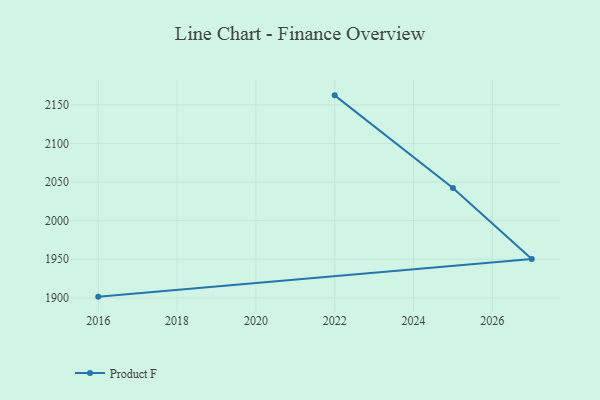
{"axis": {"x": "Year", "y": "LTV (USD)"}, "legend": ["Product F"], "data": [{"x": "2016", "y": 1901.6, "type": "Product F"}, {"x": "2027", "y": 1950.3, "type": "Product F"}, {"x": "2025", "y": 2042.4, "type": "Product F"}, {"x": "2022", "y": 2162.3, "type": "Product F"}]}